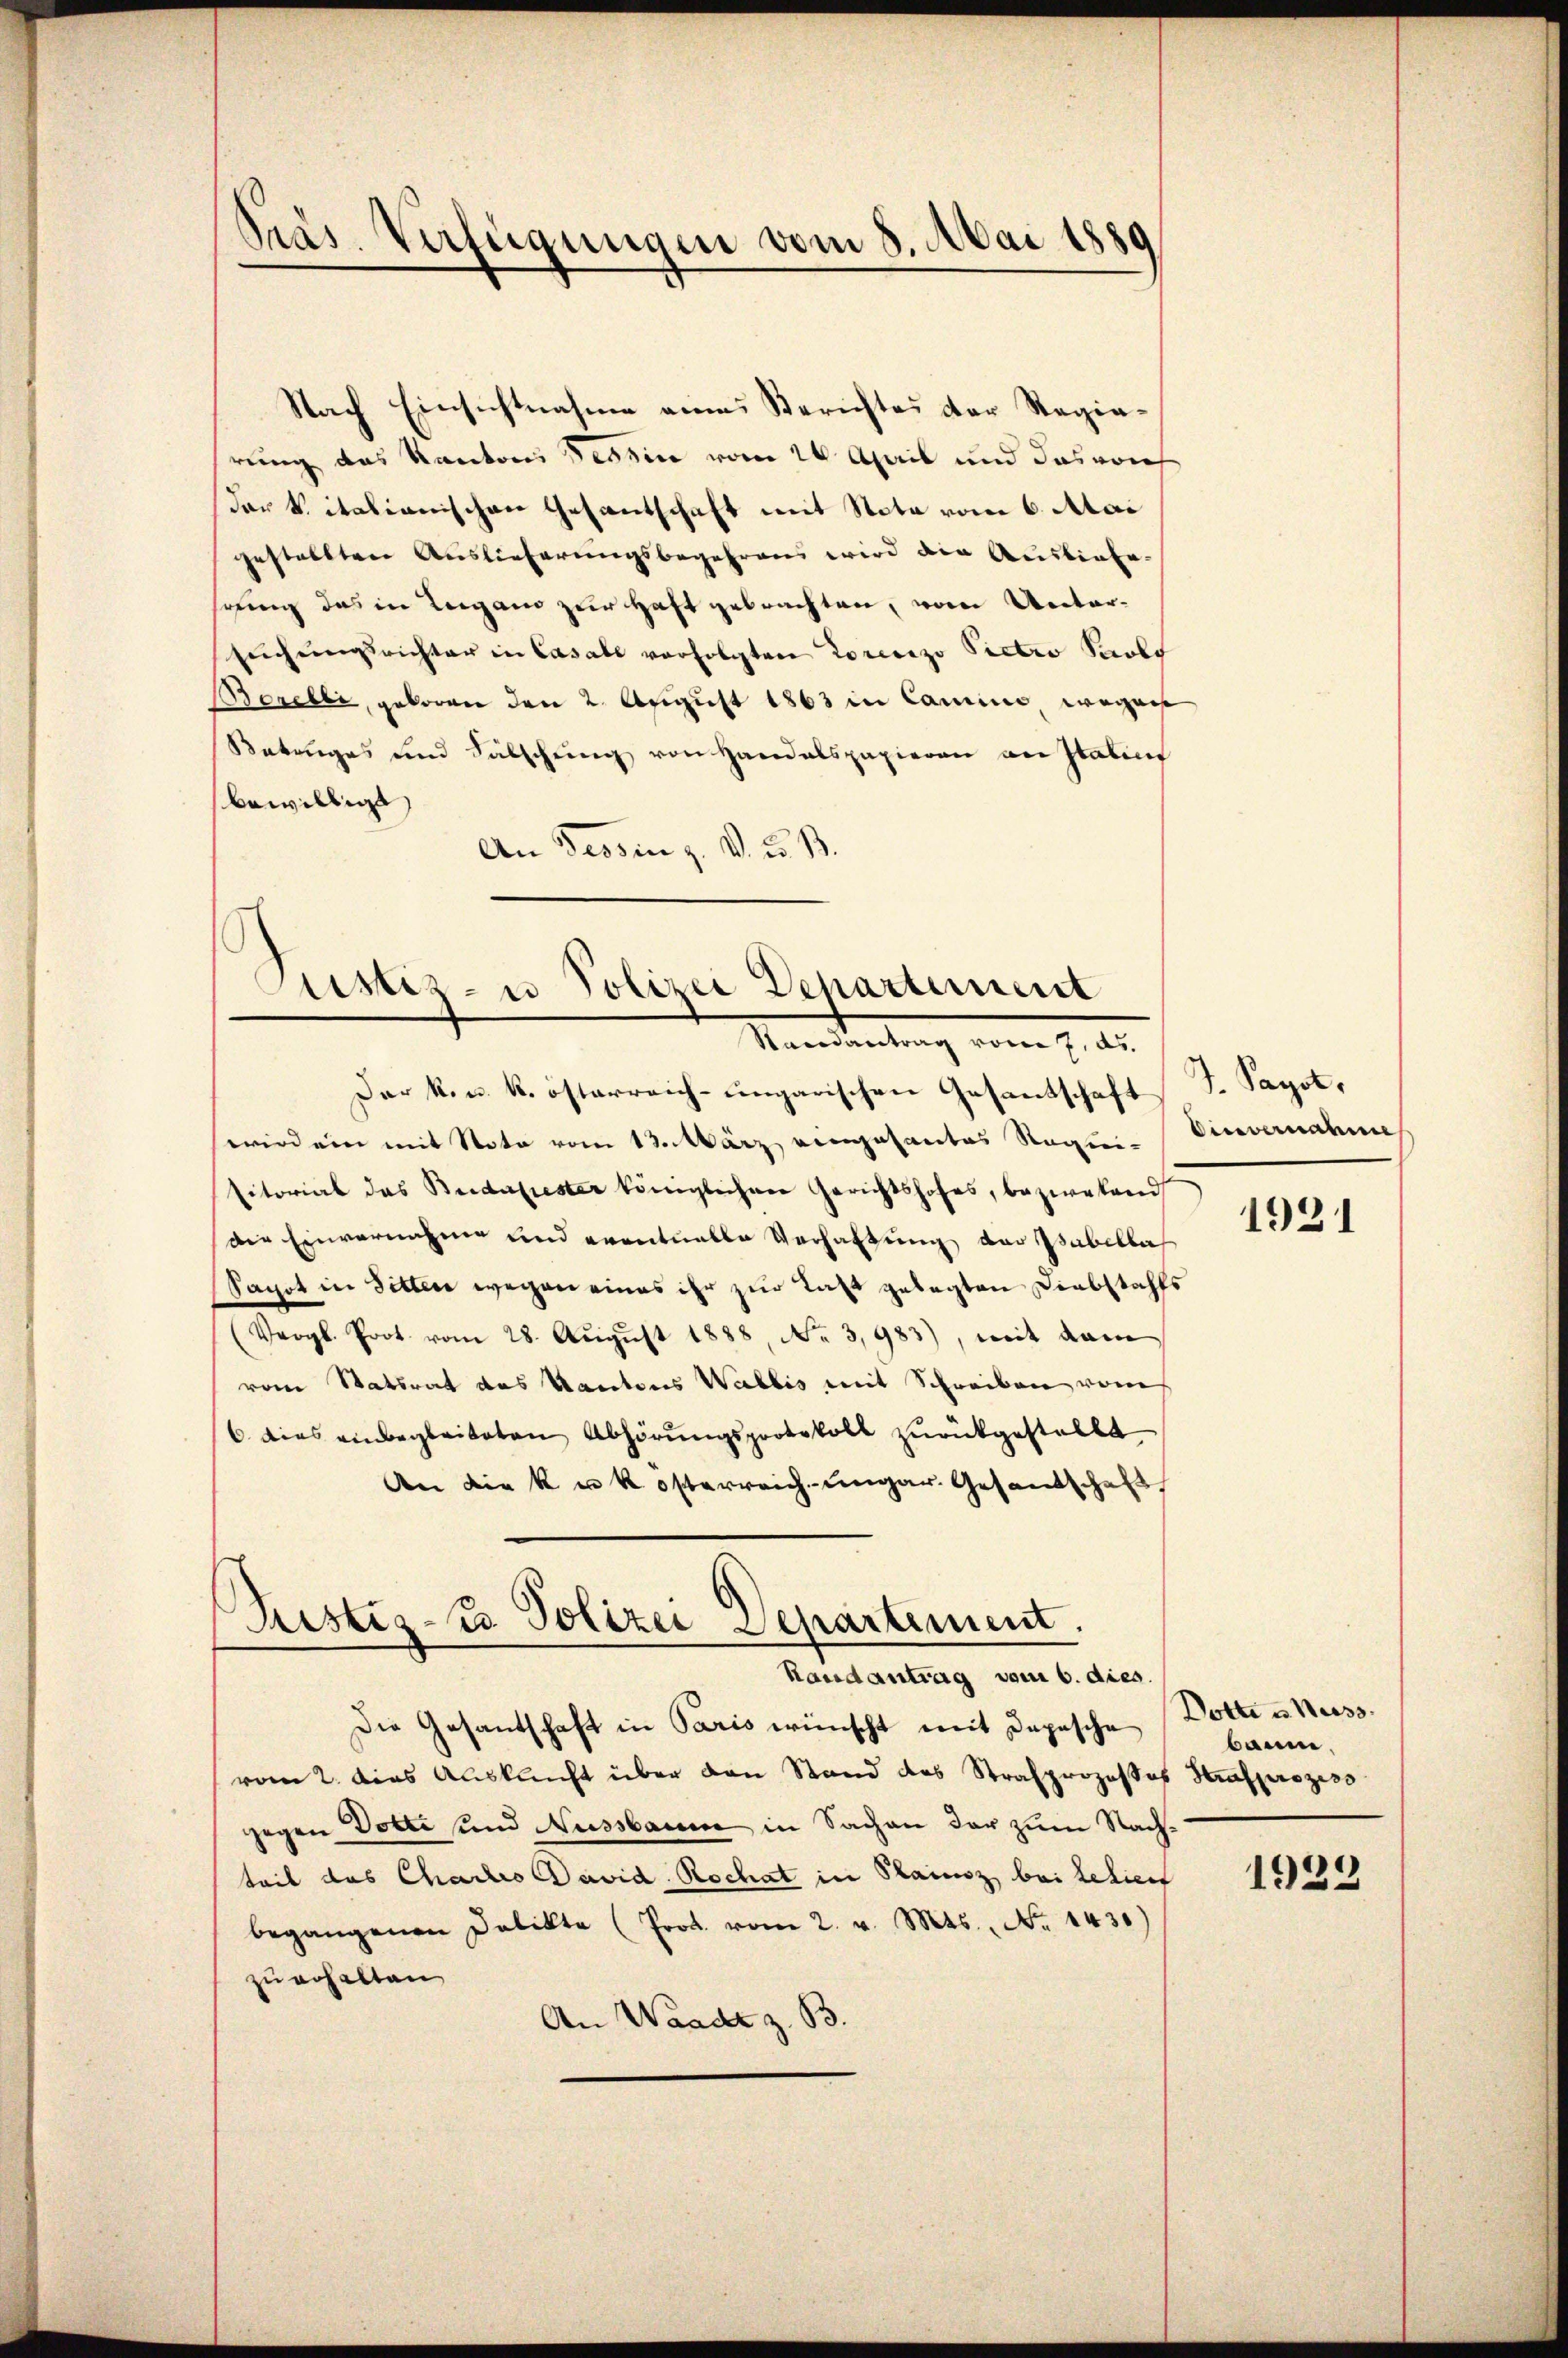
Pras. Verfügungen vom 8. Mai 1889

Nach Einsichtnahme eines Berichtes der Regierung des Kantons Tessin vom 24. April und das von
dar t italianischen Gesantschaft mit Nota vom 6. Mai
gestellten Auslieferungsbegehrend wird die Ausbiete
sring das in Lugano zur Haft gebrachten, vom Untersŭchŭngsrichter in Casall verfolgten Lorenzzo Pietro Paolo
Borelli, geboren den 2. August 1863 in Camine wegen
Betrages und Fälschŭng von Handalspapieren an Italins
bewilligt,
An Tessin z. V. u. B.

Justiz- u Polizei Departement
Undeutung vom 7. d.
Der k.k. k. österreich-ungarischen Gesantschaft

wird ein mit Note vom 13. März eingesantes Requi- Einvernahme
sitorial das Budapester königlichen Gerichtshofes, beziehand
die Einvernahme und eventuelle Verhaltung der Psabella
Sacot in Sitten wegen eines ihr zur Last gelegten Diebstahls
(Vergl. Prot. vom 28. Aŭgŭst 1888, No 3,983), mit dem
vom Statsrat des Kantons Wallis mit Schreiben vom
6 dies einbegleiteten Abhörungsprotokoll zurückgestellt
An die k u k. österreich-ungar. Gesandschaft

Justiz-C. Polizei Departement.
Randantrag vom 6. dies.

J. Pagot,

Die Gesandschaft in Paris wünscht mit Depesche
vom 2. dies Auskunft über den Stand das Strafprozesses Strafprozess
gegen Dotti sind Nussbaum in Sachen der zum Nachteil des Chartisavid Rochat in Plainsz bei Lehren
begangenen Delikte (Prot. vom 2. v. Mts., No 1430)
zu erhalten
An Waadt z. B.

1921

Dotte u. Wass
baum.

1923